Leprosy in India: report of the Leprosy Commission in India, 1890-91
Year: 1890
Disease focus: Leprosy
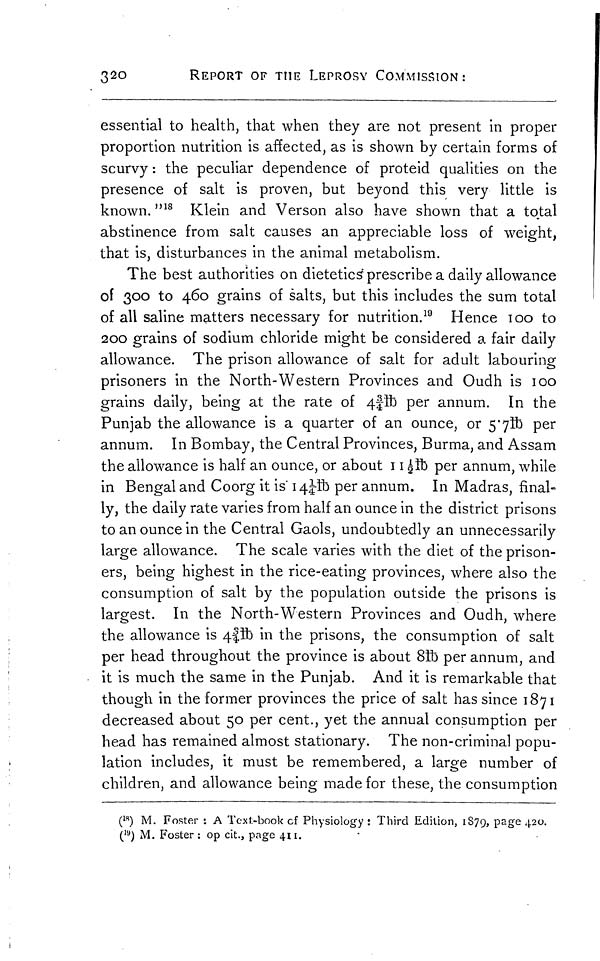
320
REPORT OF THE LEPROSY COMMISSION:
essential to health, that when they are not present in proper
proportion nutrition is affected, as is shown by certain forms of
scurvy : the peculiar dependence of proteid qualities on the
presence of salt is proven, but beyond this very little is
known. " 18 Klein and Verson also have shown that a total
abstinence from salt causes an appreciable loss of weight,
that is, disturbances in the animal metabolism.
The best authorities on dietetics prescribe a daily allowance
oí 300 to 460 grains of salts, but this includes the sum total
of all saline matters necessary for nutrition. 19 Hence 100 to
200 grains of sodium chloride might be considered a fair daily
allowance. The prison allowance of salt for adult labouring
prisoners in the North-Western Provinces and Oudh is 100
grains daily, being at the rate of 4 3/4lb per annum. In the
Punjab the allowance is a quarter of an ounce, or 5.7lb per
annum. In Bombay, the Central Provinces, Burma, and Assam
the allowance is half an ounce, or about 11 1/2lb per annum, while
in Bengal and Coorg it is 14 1/4lb per annum. In Madras, final-
ly, the daily rate varies from half an ounce in the district prisons
to an ounce in the Central Gaols, undoubtedly an unnecessarily
large allowance. The scale varies with the diet of the prison-
ers, being highest in the rice-eating provinces, where also the
consumption of salt by the population outside the prisons is
largest. In the North-Western Provinces and Oudh, where
the allowance is 4 3/4lb in the prisons, the consumption of salt
per head throughout the province is about 8ib per annum, and
it is much the same in the Punjab. And it is remarkable that
though in the former provinces the price of salt has since 1871
decreased about 50 per cent., yet the annual consumption per
head has remained almost stationary. The non-criminal popu-
lation includes, it must be remembered, a large number of
children, and allowance being made for these, the consumption
( 18 ) M. Foster : A Teal-book of Physiology : Third Edition, 1879, page 420.
( 19 ) M. Foster : op cit., page 411.